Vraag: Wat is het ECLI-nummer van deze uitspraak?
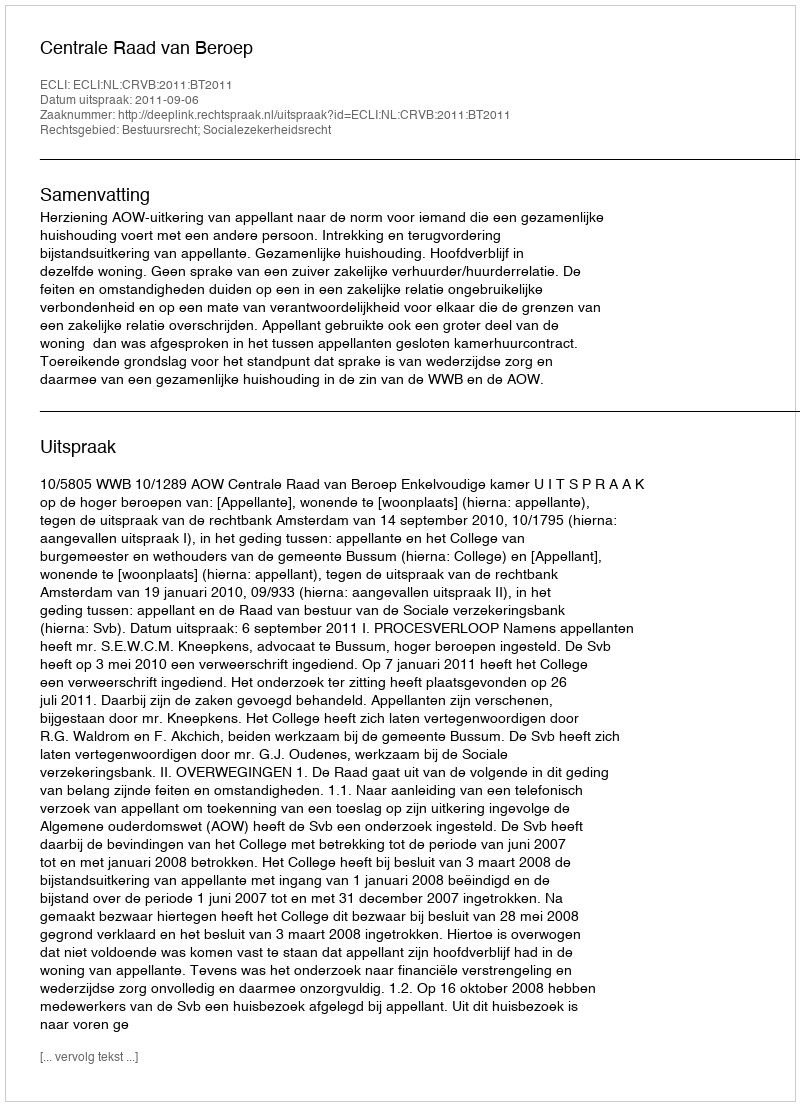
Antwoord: ECLI:NL:CRVB:2011:BT2011